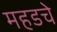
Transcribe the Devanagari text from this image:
महडचे